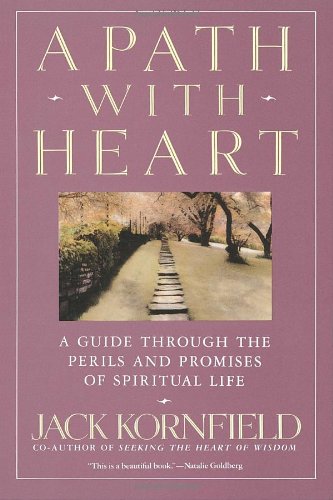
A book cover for A Path with Heart: A Guide Through the Perils and Promises of Spiritual Life; Jack Kornfield; Politics & Social Sciences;